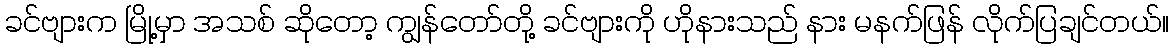
ခင်ဗျားက မြို့မှာ အသစ် ဆိုတော့ ကျွန်တော်တို့ ခင်ဗျားကို ဟိုနားသည် နား မနက်ဖြန် လိုက်ပြချင်တယ်။